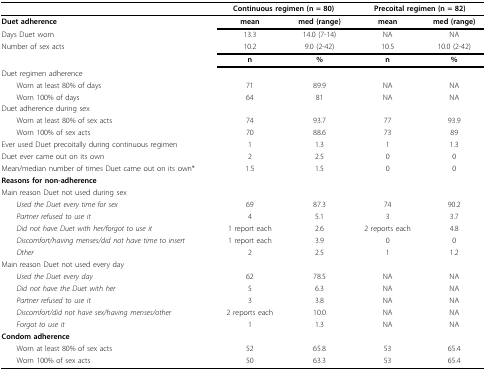
<table><thead><tr><td>[EMPTY_CELL]</td><td colspan="2"><b>Continuous regimen (n = 80)</b></td><td colspan="2"><b>Precoital regimen (n = 82)</b></td></tr></thead><tbody><tr><td><b>Duet adherence</b></td><td><b>mean</b></td><td><b>med (range)</b></td><td><b>mean</b></td><td><b>med (range)</b></td></tr><tr><td>Days Duet worn</td><td>13.3</td><td>14.0 (7-14)</td><td>NA</td><td>NA</td></tr><tr><td>Number of sex acts</td><td>10.2</td><td>9.0 (2-42)</td><td>10.5</td><td>10.0 (2-42)</td></tr><tr><td>[EMPTY_CELL]</td><td><b>n</b></td><td><b>%</b></td><td><b>n</b></td><td><b>%</b></td></tr><tr><td>Duet regimen adherence</td><td>[EMPTY_CELL]</td><td>[EMPTY_CELL]</td><td>[EMPTY_CELL]</td><td>[EMPTY_CELL]</td></tr><tr><td> Worn at least 80% of days</td><td>71</td><td>89.9</td><td>NA</td><td>NA</td></tr><tr><td> Worn 100% of days</td><td>64</td><td>81</td><td>NA</td><td>NA</td></tr><tr><td>Duet adherence during sex</td><td>[EMPTY_CELL]</td><td>[EMPTY_CELL]</td><td>[EMPTY_CELL]</td><td>[EMPTY_CELL]</td></tr><tr><td> Worn at least 80% of sex acts</td><td>74</td><td>93.7</td><td>77</td><td>93.9</td></tr><tr><td> Worn 100% of sex acts</td><td>70</td><td>88.6</td><td>73</td><td>89</td></tr><tr><td>Ever used Duet precoitally during continuous regimen</td><td>1</td><td>1.3</td><td>1</td><td>1.3</td></tr><tr><td>Duet ever came out on its own</td><td>2</td><td>2.5</td><td>0</td><td>0</td></tr><tr><td>Mean/median number of times Duet came out on its own*</td><td>1.5</td><td>1.5</td><td>0</td><td>0</td></tr><tr><td><b>Reasons for non-adherence</b></td><td>[EMPTY_CELL]</td><td>[EMPTY_CELL]</td><td>[EMPTY_CELL]</td><td>[EMPTY_CELL]</td></tr><tr><td>Main reason Duet not used during sex</td><td>[EMPTY_CELL]</td><td>[EMPTY_CELL]</td><td>[EMPTY_CELL]</td><td>[EMPTY_CELL]</td></tr><tr><td> <i>Used the Duet every time for sex</i></td><td>69</td><td>87.3</td><td>74</td><td>90.2</td></tr><tr><td> <i>Partner refused to use it</i></td><td>4</td><td>5.1</td><td>3</td><td>3.7</td></tr><tr><td> <i>Did not have Duet with her/forgot to use it</i></td><td>1 report each</td><td>2.6</td><td>2 reports each</td><td>4.8</td></tr><tr><td> <i>Discomfort/having menses/did not have time to insert</i></td><td>1 report each</td><td>3.9</td><td>0</td><td>0</td></tr><tr><td> <i>Other</i></td><td>2</td><td>2.5</td><td>1</td><td>1.2</td></tr><tr><td>Main reason Duet not used every day</td><td>[EMPTY_CELL]</td><td>[EMPTY_CELL]</td><td>[EMPTY_CELL]</td><td>[EMPTY_CELL]</td></tr><tr><td> <i>Used the Duet every day</i></td><td>62</td><td>78.5</td><td>NA</td><td>NA</td></tr><tr><td> <i>Did not have the Duet with her </i></td><td>5</td><td>6.3</td><td>NA</td><td>NA</td></tr><tr><td> <i>Partner refused to use it</i></td><td>3</td><td>3.8</td><td>NA</td><td>NA</td></tr><tr><td> <i>Discomfort/did not have sex/having menses/other</i></td><td>2 reports each</td><td>10.0</td><td>NA</td><td>NA</td></tr><tr><td> <i>Forgot to use it</i></td><td>1</td><td>1.3</td><td>NA</td><td>NA</td></tr><tr><td><b>Condom adherence</b></td><td>[EMPTY_CELL]</td><td>[EMPTY_CELL]</td><td>[EMPTY_CELL]</td><td>[EMPTY_CELL]</td></tr><tr><td> Worn at least 80% of sex acts</td><td>52</td><td>65.8</td><td>53</td><td>65.4</td></tr><tr><td> Worn 100% of sex acts</td><td>50</td><td>63.3</td><td>53</td><td>65.4</td></tr></tbody></table>